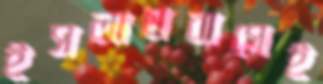
ইসলামবাগেই